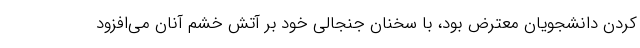
کردن دانشجویان معترض بود، با سخنان جنجالی خود بر آتش خشم آنان می‌افزود